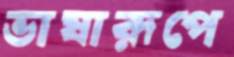
ভাষারূপে